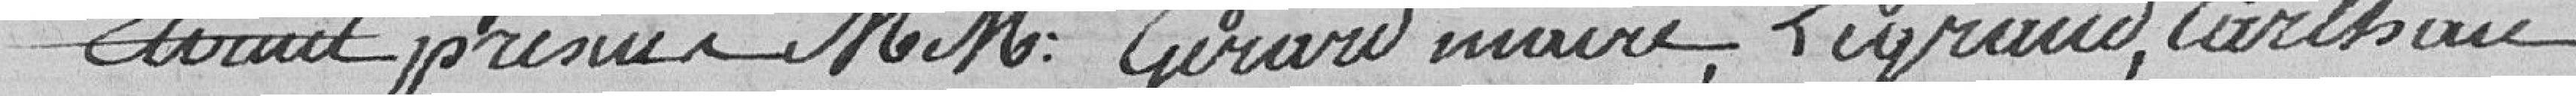
Etaient présents Messieurs GERARD, Maire, LEGRAND, CARTHARE